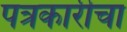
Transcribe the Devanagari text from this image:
पत्रकारीचा